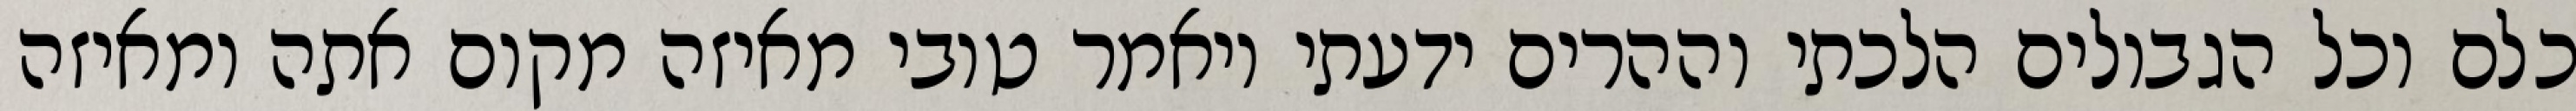
כלם וכל הגבולים הלכתי וההרים ידעתי ויאמר טובי מאיזה מקום אתה ומאיזה